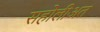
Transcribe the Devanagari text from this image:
सहोलीअत